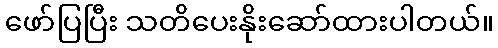
ဖော်ပြပြီး သတိပေးနိုးဆော်ထားပါတယ်။